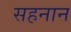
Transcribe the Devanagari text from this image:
सहनान